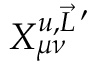
X _ { \mu \nu } ^ { u , \vec { L } \, ^ { \prime } }